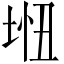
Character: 𫭵